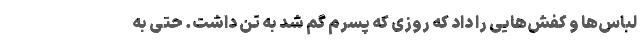
لباس‌ها و کفش‌هایی را داد که روزی که پسرم گم شد به تن داشت. حتی به